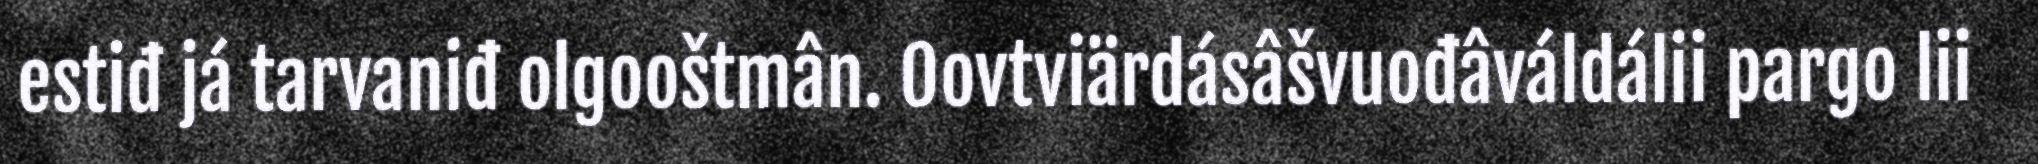
estiđ já tarvaniđ olgooštmân. Oovtviärdásâšvuođâváldálii pargo lii